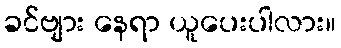
ခင်ဗျား နေရာ ယူပေးပါလား။